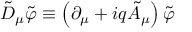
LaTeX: \tilde { D } _ { \mu } \tilde { \varphi } \equiv \left( \partial _ { \mu } + i q \tilde { A } _ { \mu } \right) \tilde { \varphi }